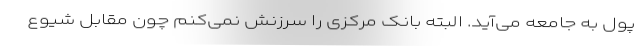
پول به جامعه می‌آید. البته بانک مرکزی را سرزنش نمی‌کنم چون مقابل شیوع